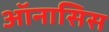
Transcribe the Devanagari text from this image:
ऑनासिस